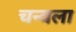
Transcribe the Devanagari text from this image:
चन्वला